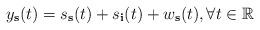
LaTeX: \begin{align*}y_\textbf{s}(t) = s_{\textbf{s}}(t)+s_{\textbf{i}}(t)+w_\textbf{s}(t), \forall t \in \mathbb{R}\end{align*}